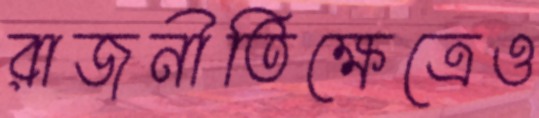
রাজনীতিক্ষেত্রেও